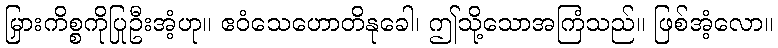
မြှားကိစ္စကိုပြုဦးအံ့ဟု။ ဧဝံသေဟောတိနုခေါ၊ ဤသို့သောအကြံသည်။ ဖြစ်အံ့လော။